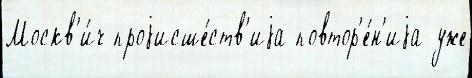
Москв'и́ч проjисше́ств'иjа повтор'е́н'иjа уже